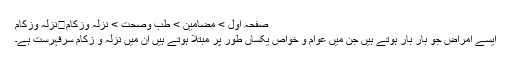
صفحہ اول > مضامین > طب وصحت > نزلہ وزکام	نزلہ وزکام
ایسے امراض جو بار بار ہوتے ہیں جن میں عوام و خواص یکساں طور پر مبتلا ہوتے ہیں ان میں نزلہ و زکام سرفہرست ہے۔